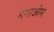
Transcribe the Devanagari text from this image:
मेगाओम